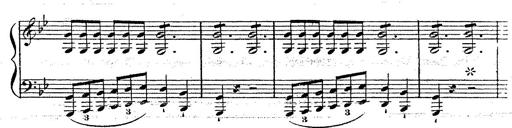
Title: 12 Lieder von Franz Schubert
Composer: Franz Liszt